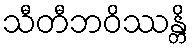
သီတီဘဝိဿန္တိ